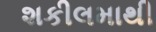
શકીલમાથી